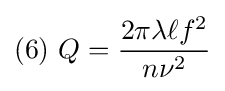
(6)\ Q={\frac {2\pi \lambda \ell f^{2}}{n\nu ^{2}}}